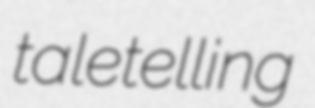
taletelling